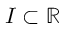
I \subset \mathbb { R }